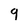
Character: 9